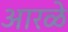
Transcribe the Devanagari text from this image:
आरळे